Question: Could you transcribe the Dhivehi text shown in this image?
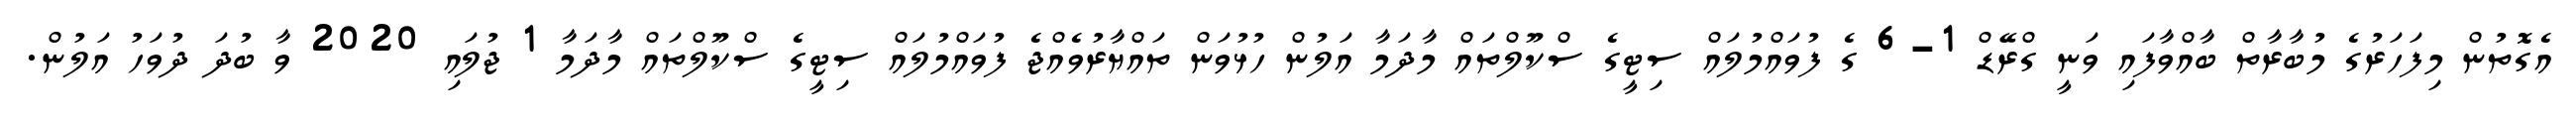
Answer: އެގޮތުން މިފަހަރުގެ މުބާރާތް ބާއްވާފައި ވަނީ ގްރޭޑް 1-6 ގެ ފުވައްމުލައް ސިޓީގެ ސްކޫލްތައް މާދަމާ އަލުން ހުޅުވަން ތައްޔާރުވެއްޖެ ފުވައްމުލައް ސިޓީގެ ސްކޫލްތައް މާދަމާ 1 ޖުލައި 2020 ވާ ބުދަ ދުވަހު އަލުން.